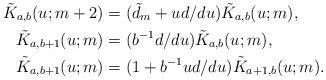
LaTeX: \begin{align*} \tilde K_{a,b}(u;m+2) &= (\tilde d_m+ ud/du) \tilde K_{a,b}(u;m) , \\ \tilde K_{a,b+1}(u;m) &= (b^{-1}d/du) \tilde K_{a,b}(u;m) , \\ \tilde K_{a,b+1}(u;m) &= (1+b^{-1}ud/du) \tilde K_{a+1,b}(u;m) . \end{align*}